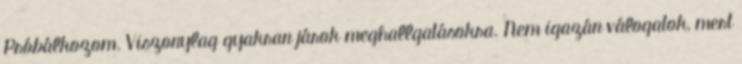
Próbálkozom. Viszonylag gyakran járok meghallgatásokra. Nem igazán válogatok, mert